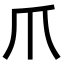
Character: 爪